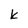
Character: K